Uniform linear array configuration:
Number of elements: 48
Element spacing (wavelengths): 0.25
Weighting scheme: uniform
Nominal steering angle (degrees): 30
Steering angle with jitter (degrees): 28.618
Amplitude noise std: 0.05
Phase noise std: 0.05

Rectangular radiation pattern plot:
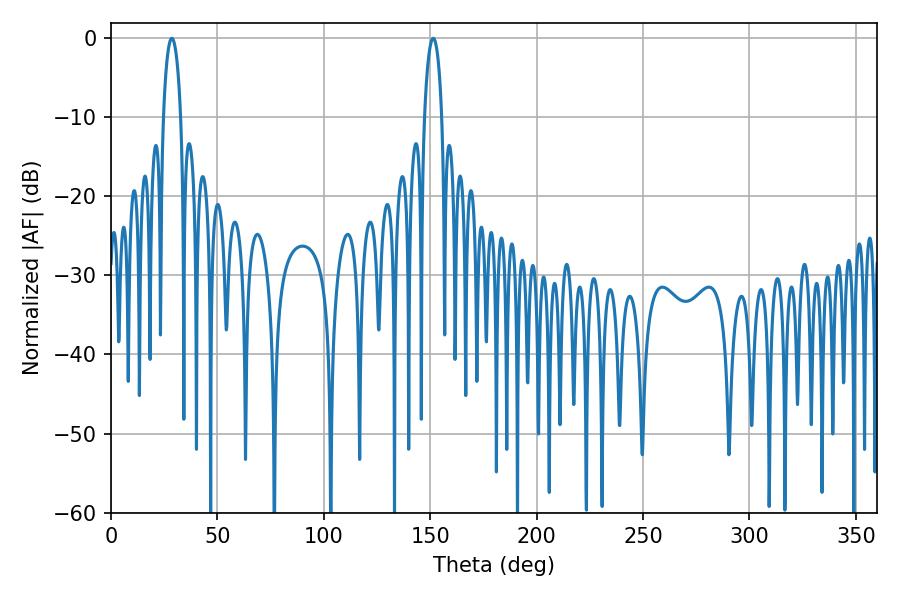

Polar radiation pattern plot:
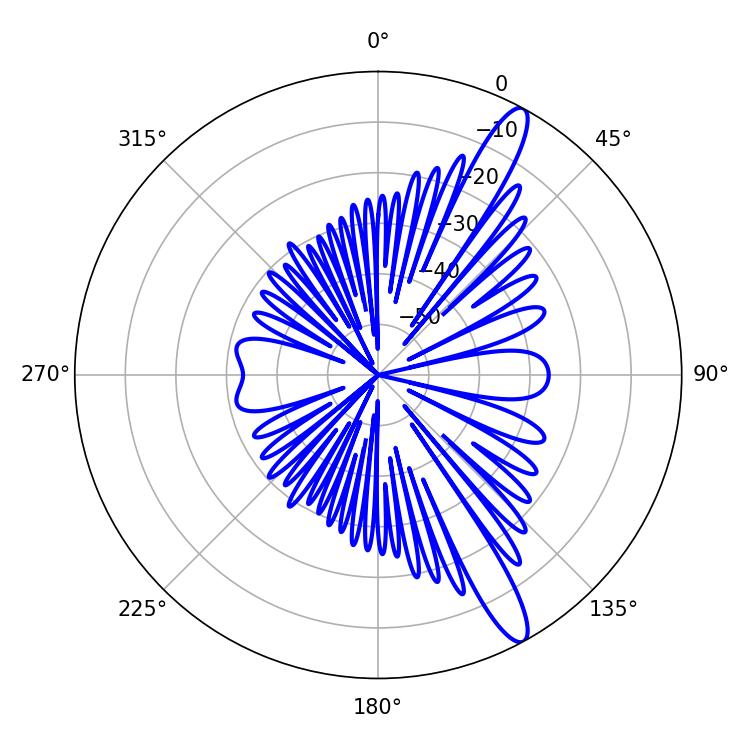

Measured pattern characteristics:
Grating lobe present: FALSE
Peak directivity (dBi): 13.455
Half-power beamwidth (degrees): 4.68
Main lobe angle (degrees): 28.62